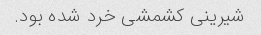
شیرینی کشمشی خرد شده بود.